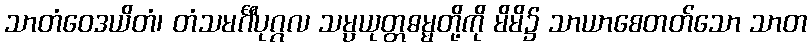
သာတံဝေဒယိတံ၊ တံသမင်္ဂီပုဂ္ဂလ သမ္ပယုတ္တဓမ္မတို့ကို မိမိ၌ သာယာစေတတ်သော သာတ